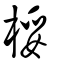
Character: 桵